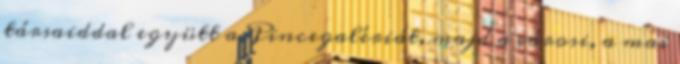
társaiddal együtt a Pincegalériát, majd a városi, a mai